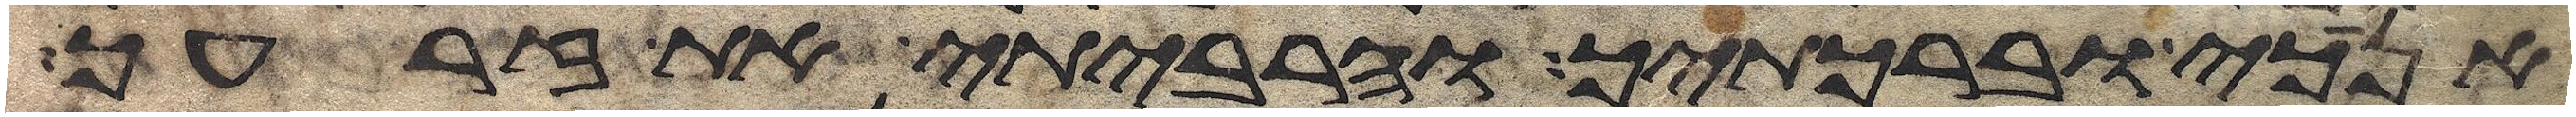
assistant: אנכי וברכתיך והרביתי את זרעך